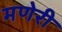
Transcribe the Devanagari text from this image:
मणेरी